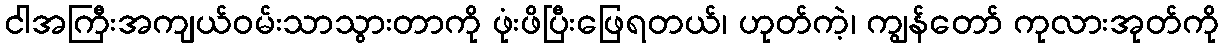
ငါအကြီးအကျယ်ဝမ်းသာသွားတာကို ဖုံးဖိပြီးဖြေရတယ်၊ ဟုတ်ကဲ့၊ ကျွန်တော် ကုလားအုတ်ကို